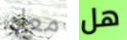
معك هل